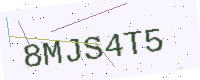
Text: 8MJS4T5